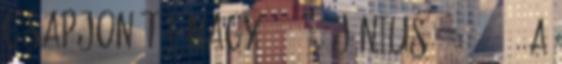
csapjon túl nagy ” 2018. június 13., 13:32 ‎A